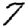
Digit: 7